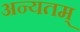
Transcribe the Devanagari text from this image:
अन्यतम्